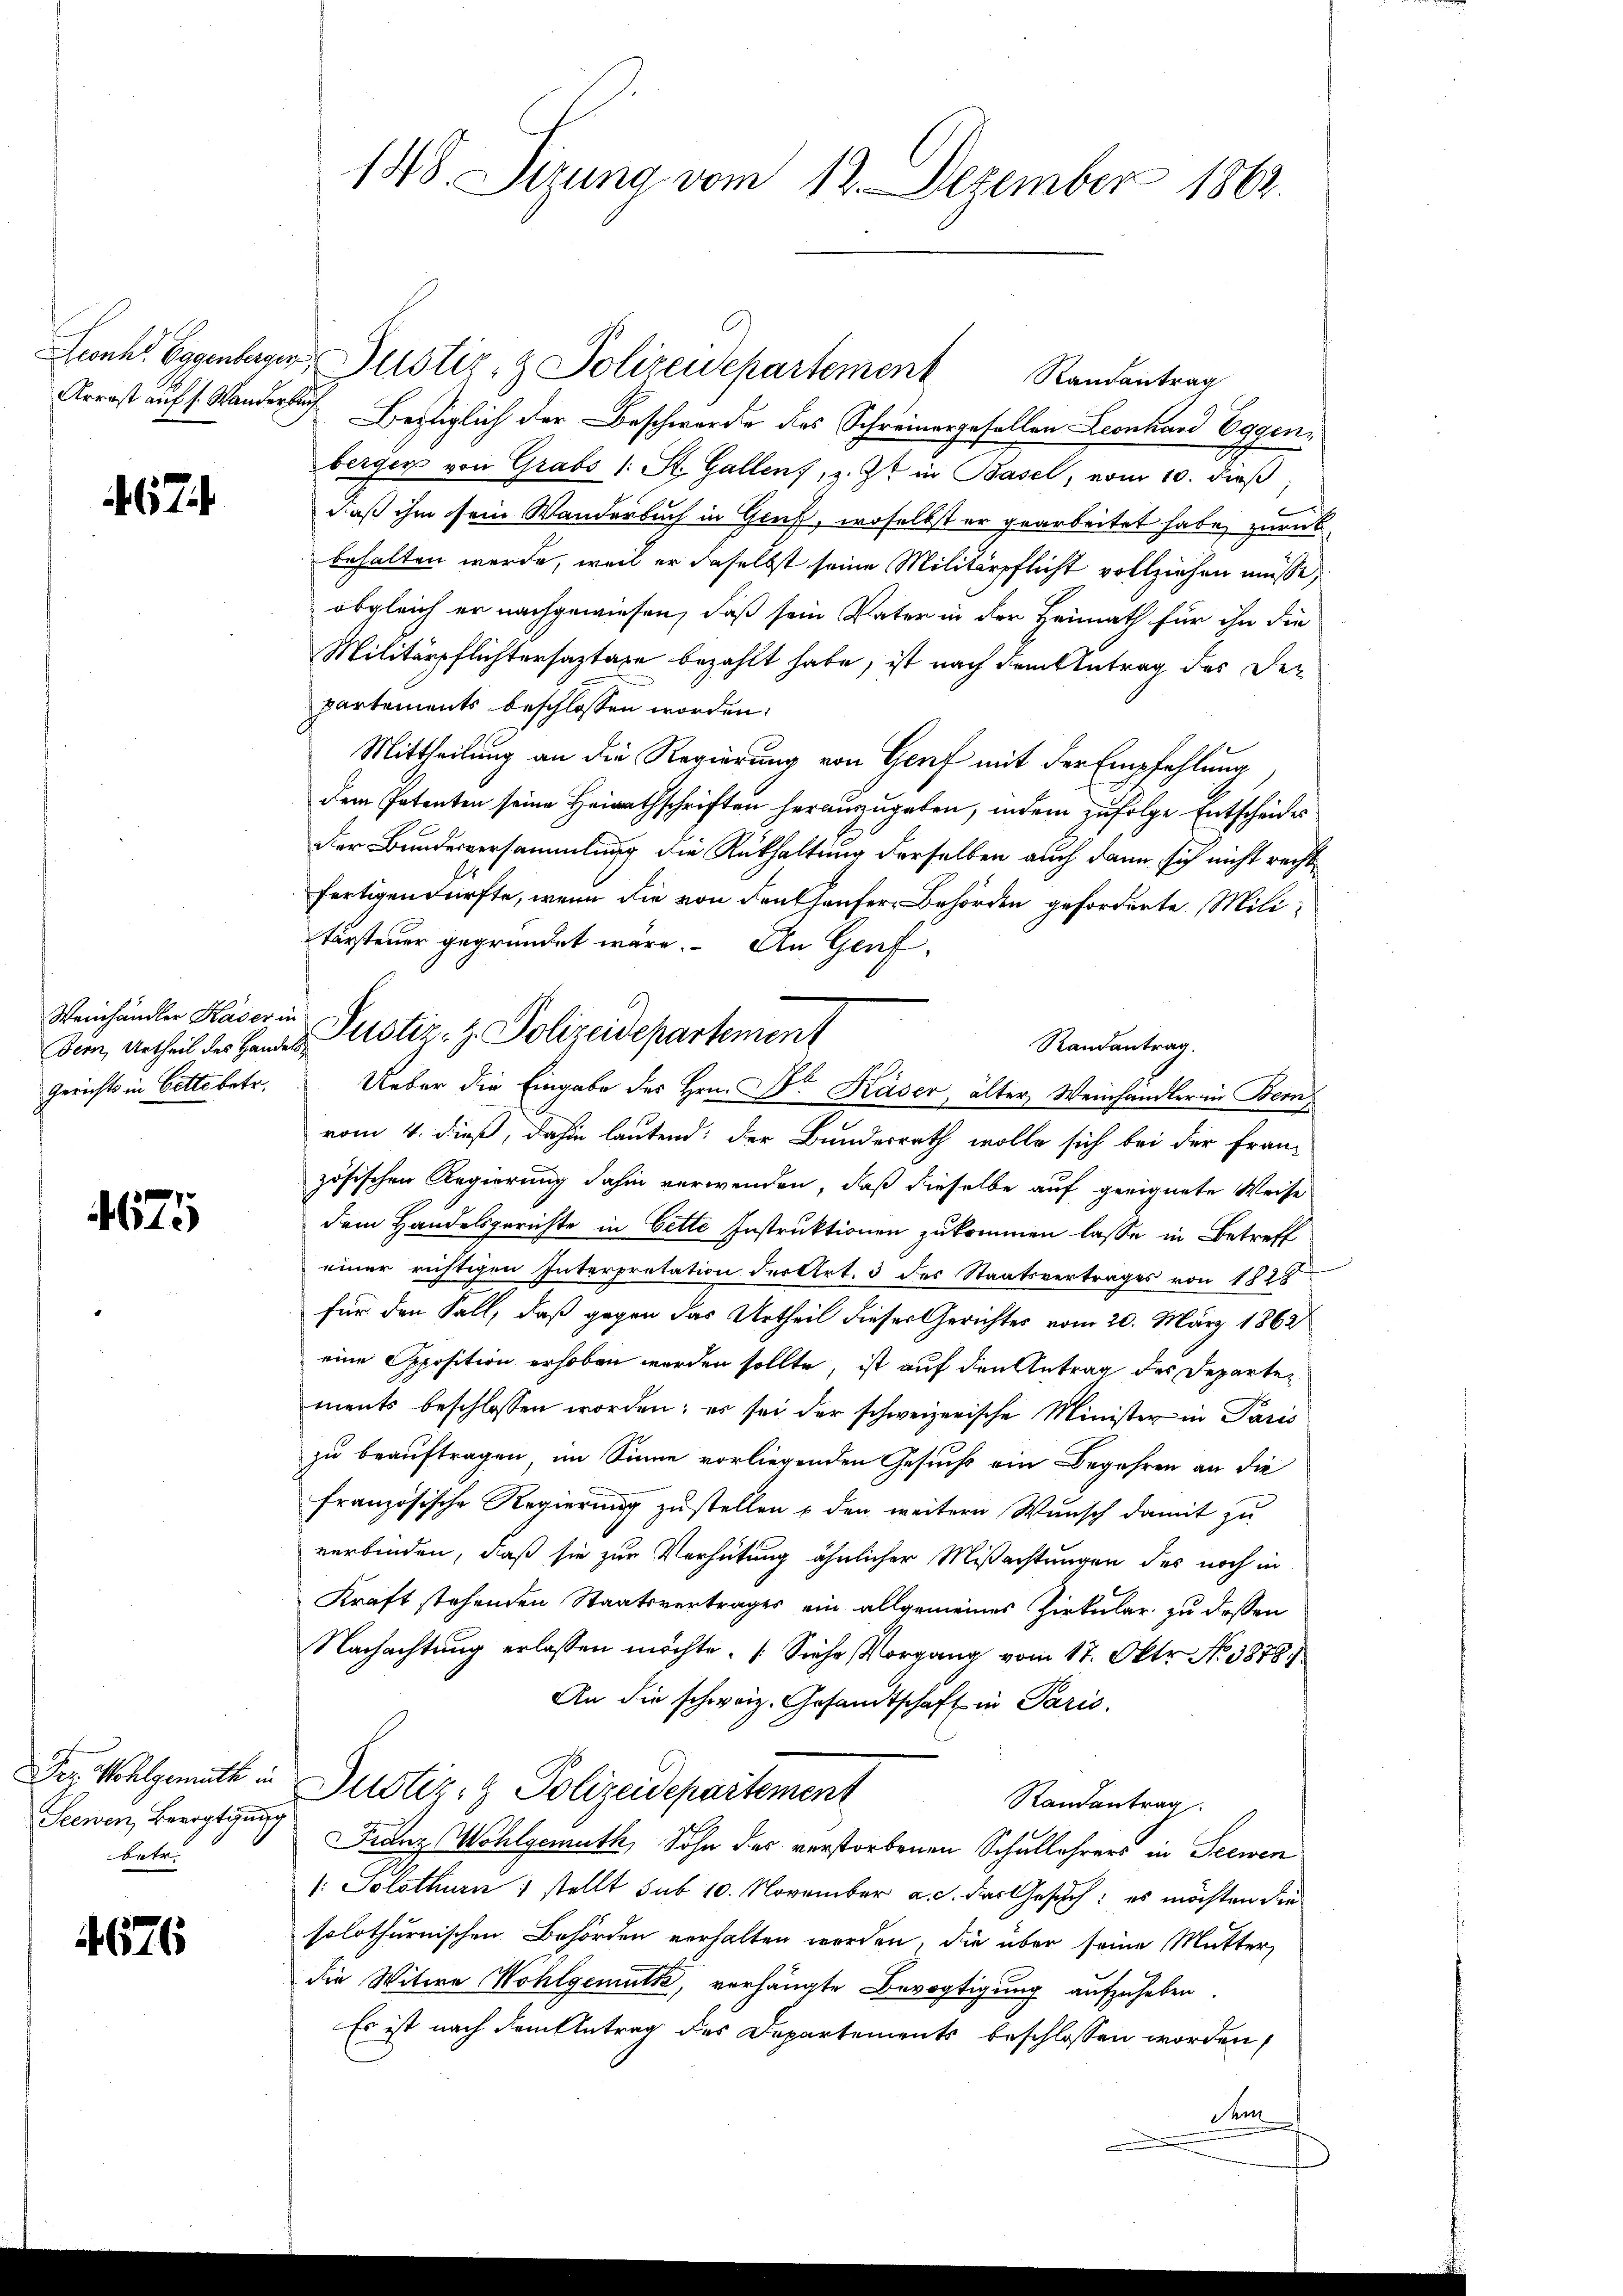
674

Weinhändler Kaser in
Gerichts in Bette betr.

4675

Der. Wohlgemuth in
Seewen, Bevogtigung
betr.

4676

Leonh Eggenberger Justiz- & Polizeidepartement Randantrag
Arrast auf s. Wanderlauf Bestiglich der Beschwerde des Schreinergefallen Leonhard Eggenberger von Grabs /: St. Gallen, z. Zt. in Basel, vom 10. dieβ,
daß ihm sein Wanderbuch in Gruf, woselbst er gearbeitet habe, zurück
behalten werde, weil er daselbst seine Militärpflicht vollziehen müsse,
obgleich er nachgewiesen, daß sein Vater in der Heimath für ihn die
Militärpflichtersaztare bezahlt habe, ist nach dem Antrag des Departements beschlossen worden.
Mittheilung an die Regierung von Genf mit der Empfehlung
dem Patenten seine Heirathschriften herauszugeben, indem zufolge Entscheides
Der Bundesversammlung die Rükhaltung derselben auch dann sich nicht recht
fertigen dürfte, wenn die von denkhäuser Behörden geforderte Militürsteuer gegründet wäre. An Genf
Randantrag.
Ueber die Eingabe des Hrn. Dr Kaser, älter Weinhändler in Bern,
vom 4. dieß, dahin lautend: der Bundesrath wolle sich bei der fran-
zösischen Regierung dahin verwenden, daß dieselbe auf geeignete Weise
dem Handelsgerichte in bette Instruktionen zukommen lasse in Betreff
einer richtigen Interpretation der Art. 3 des Staatsvertrages von 1828
für den Fall, daß gegen das Urtheil dieser Gerichtes vom 20. März 1862
eine Opposition erhoben worden sollte, ist auf den Antrag des Departements beschlossen worden; es sei der schweizerische Minister in Paris
zu beauftragen, im Sinne vorliegenden Gesuchs ein Begehren an die
französische Regierung zustellen & den weitern Wunsch damit zu
verbinden, daß sie zur Verhütung ähnlicher Mißachtungen des noch in
Kraft stehenden Staatsvertrages ein allgemeines Zirkular zu dessen
Nachachtung erlassen möchte. (Siehe Vorgang vom 17. Oktr. No. 3878.
An die schweiz. Gesandtschaft in Paris.
Justiz- & Polizeidepartement
Randantrag
Franz Wohlgemuth, Sohn des verstorbenen Schullehrers in Seewen
: Solothurn 1 stellt sub 10. November a. d. das Gesuch: es möchten die
solothurnischen Behörden verhalten werden, die über seine Mutter
die Witwe Wohlgemuth, verhängte Bevogtigung aufzuheben.
Es ist nach dem Antrag des Departements beschlossen worden,
dem

148. Dirung vom 12. Dezember 1862.

Die Urtheil des Handes Plistiz- & Polizeidepartement